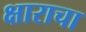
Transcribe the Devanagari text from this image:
क्षाराचा